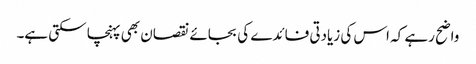
واضح رہے کہ اس کی زیادتی فائدے کی بجائے نقصان بھی پہنچا سکتی ہے۔